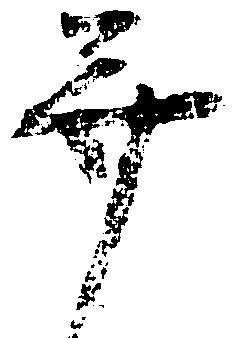
并